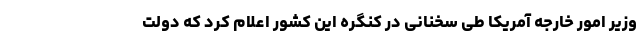
وزیر امور خارجه آمریکا طی سخنانی در کنگره این کشور اعلام کرد که دولت